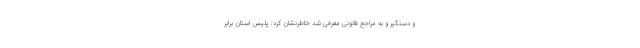
و دستگیر و به مراجع قانونی معرفی شد خاطرنشان کرد: پلیس استان برابر